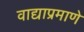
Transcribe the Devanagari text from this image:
वाद्याप्रमाणे